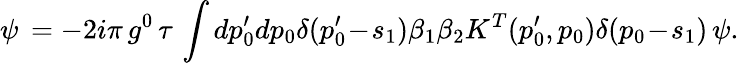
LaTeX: \psi\, =-2i\pi\, g^{0}\, \tau\, \int dp_{0}^{\prime}dp_{0}\delta(p_{0}^{\prime}\! -\! s_{1})\beta_{1}\beta_{2}K^{T}(p_{0}^{\prime},p_{0})\delta(p_{0}\! -\! s_{1})\, \psi.